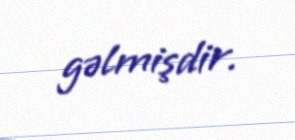
gəlmişdir.